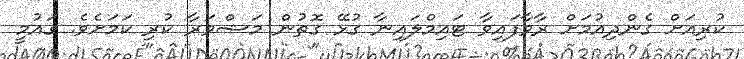
ކުރިއަށް ގެންދިއުމަށް ރާވާފައިވާ ޓައިމްލައިނާ ގުޅޭ ގޮތުން މަޝްވަރާ ކުރި ކަމަށެވެ. ގައުމީ